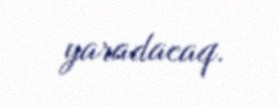
yaradacaq.